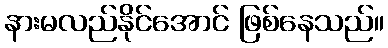
နားမလည်နိုင်အောင် ဖြစ်နေသည်။